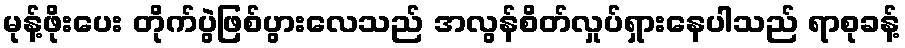
မုန့်ဖိုးပေး တိုက်ပွဲဖြစ်ပွားလေသည် အလွန်စိတ်လှုပ်ရှားနေပါသည် ရာစုခန့်